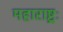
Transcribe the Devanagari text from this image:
महाराष्ट्रः